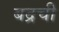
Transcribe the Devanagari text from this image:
बद्रची